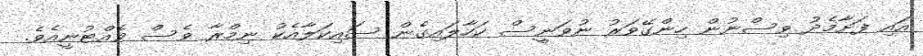
އައި ފަށާމެދު ވިސްނުން ހިންގޭވަރު ނުވަނީސް ކަހާލައިގެން ސައިކަލާއެކު ނިމްރާ ވެސް ވެއްޓުނީއެވެ.